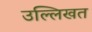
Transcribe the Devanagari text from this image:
उल्लिखत